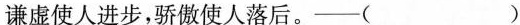
谦虚使人进步，骄傲使人落后。—( )